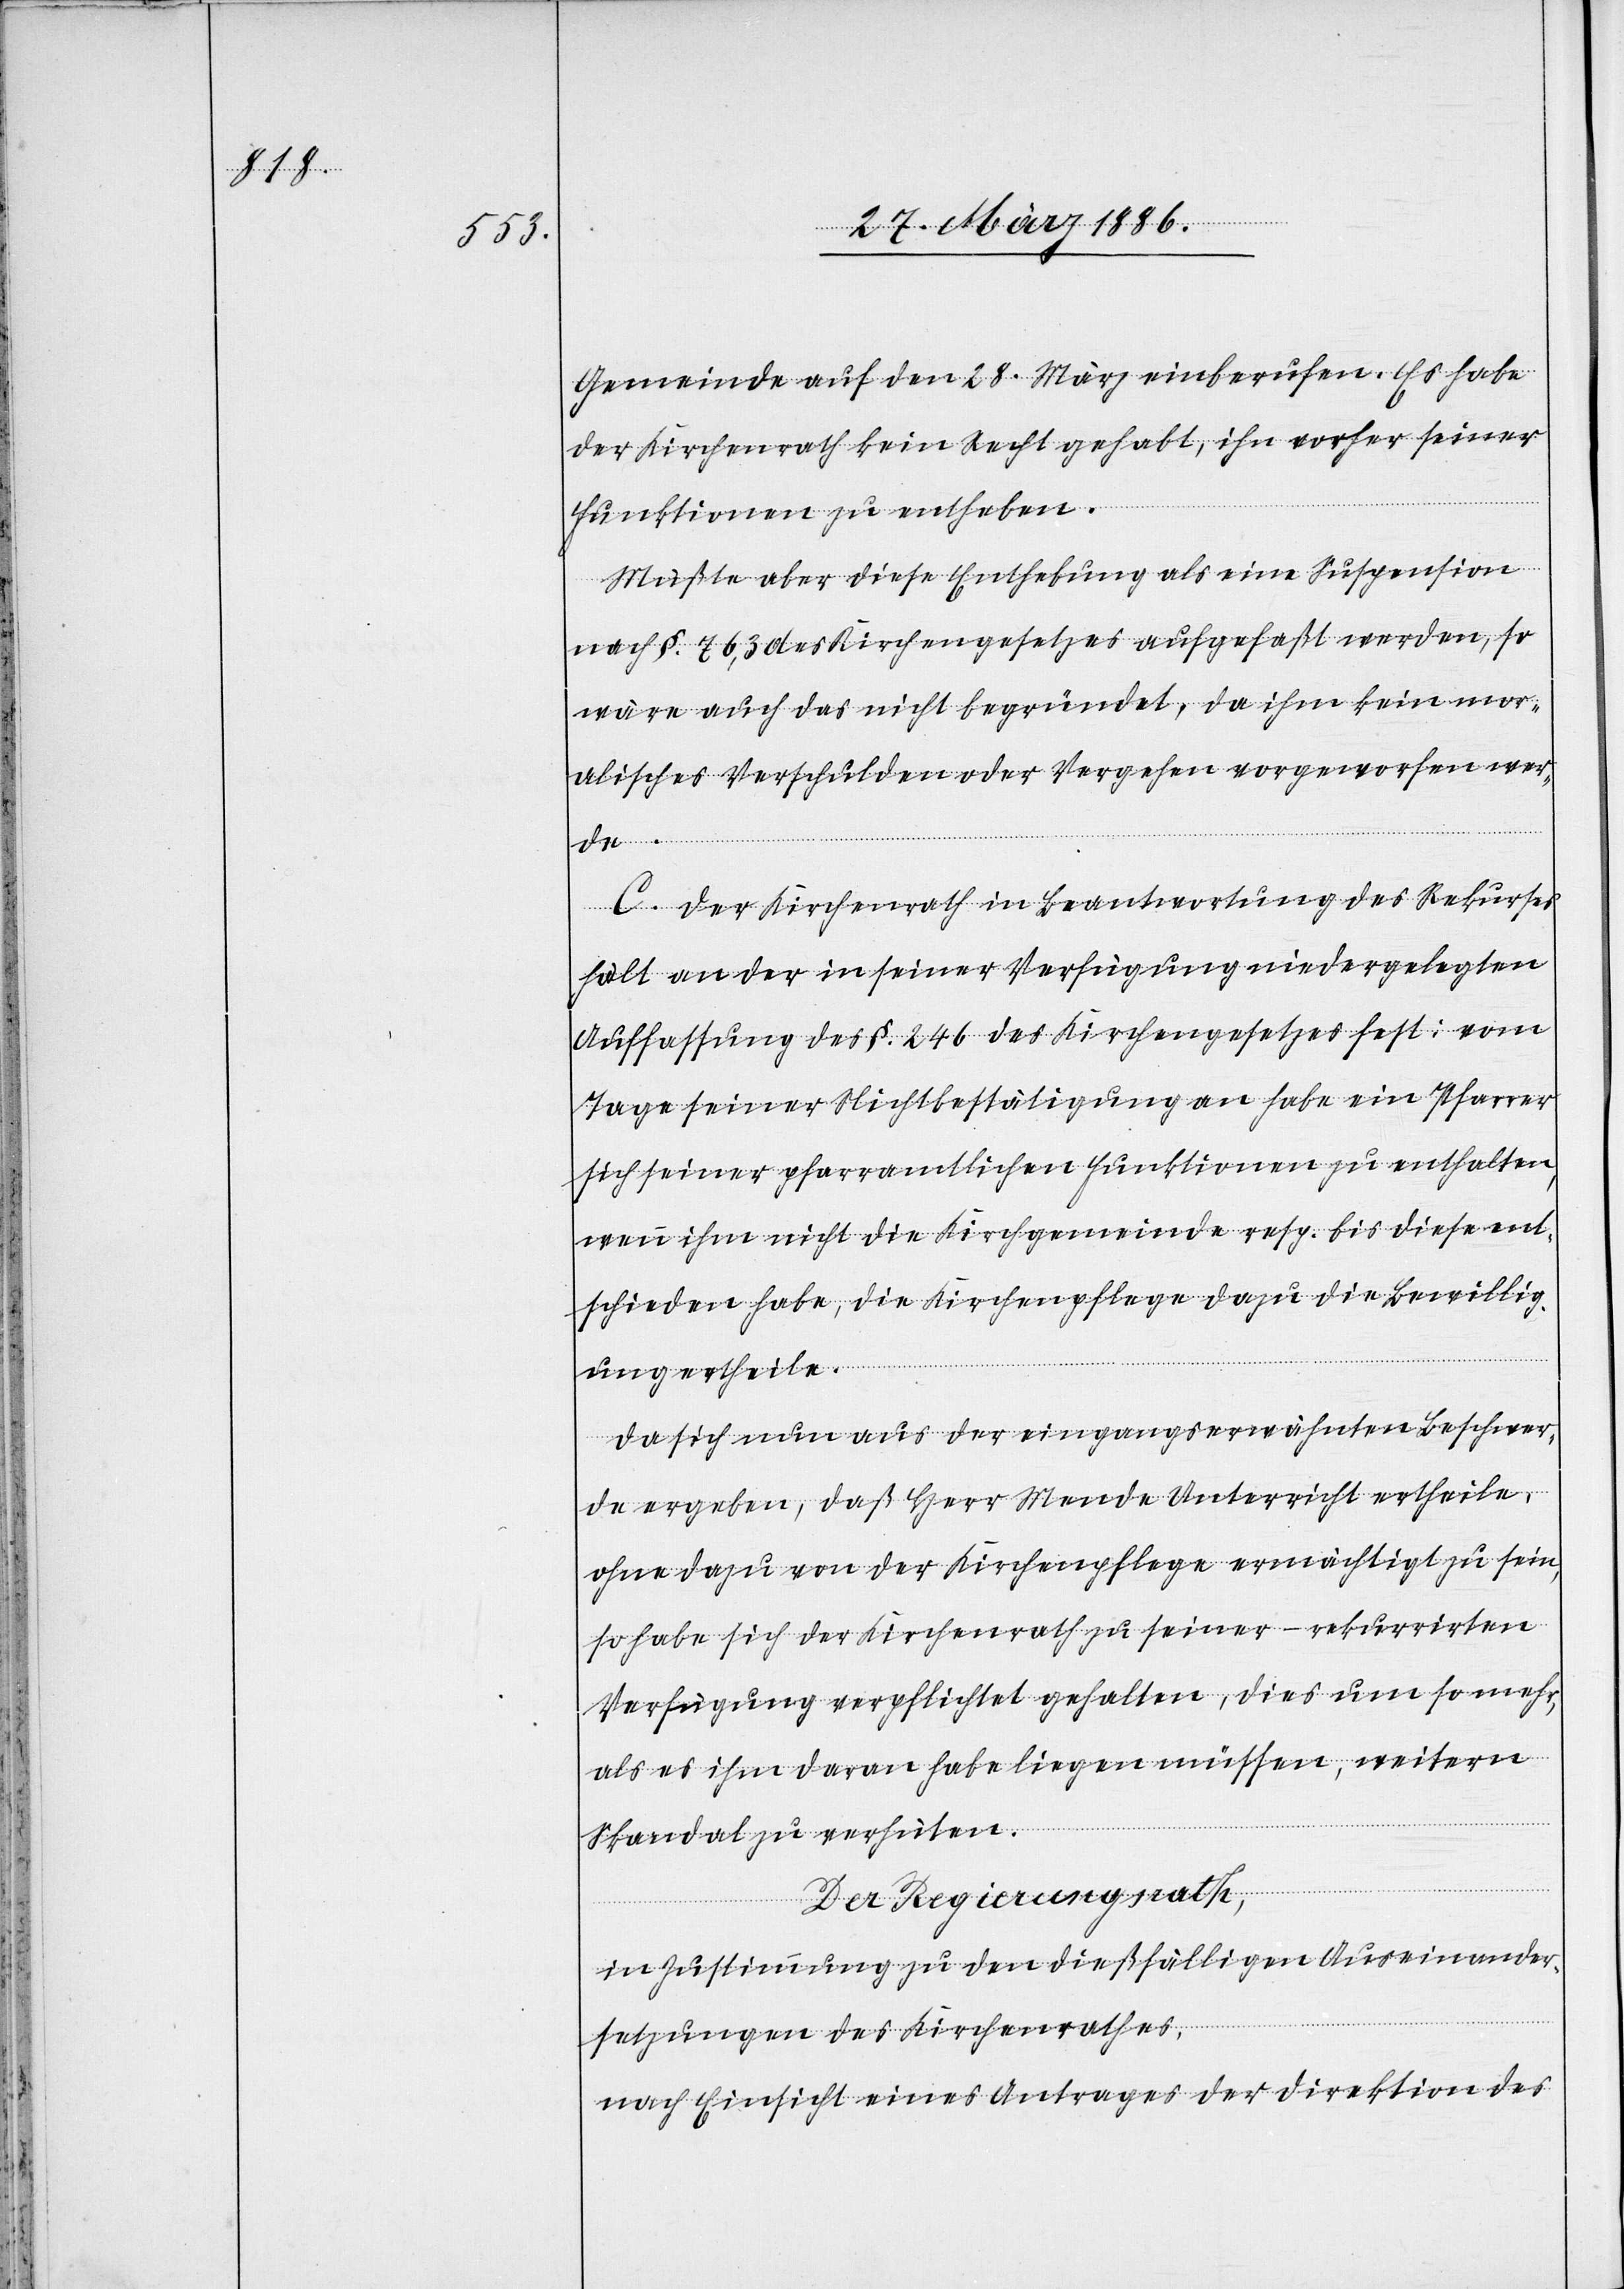
Gemeinde auf den 28. März einberufen. Es habe
der Kirchenrath kein Recht gehabt, ihn vorher seiner
Funktionen zu entheben.
Müßte aber diese Enthebung als eine Suspension
nach §. 763 des Kirchengesetzes aufgefaßt werden, so
wäre auch das nicht begründet, da ihm kein mor¬
alisches Verschulden oder Vergehen vorgeworfen wer¬
de.
C. Der Kirchenrath in Beantwortung des Rekurses
hält an der in seiner Verfügung niedergelegten
Auffassung des §. 246 des Kirchengesetzes fest: Vom
Tage seiner Nichtbestätigung an habe ein Pfarrer
sich seiner pfarramtlichen Funktionen zu enthalten,
wenn ihm nicht die Kirchgemeinde resp. bis diese ent¬
schieden habe, die Kirchenpflege dazu die Bewillig¬
ung ertheile.
Da sich nun aus der eingangserwähnten Beschwer¬
de ergebe, daß Herr Mende Unterricht ertheile,
ohne dazu von der Kirchenpflege ermächtigt zu sein,
so habe sich der Kirchenrath zu seiner – rekurrirten
Verfügung verpflichtet gehalten, dies um so mehr,
als es ihm daran habe liegen müssen, weitere
Skandale zu verhüten.
Der Regierungsrath,
in Zustimmung zu den dießfälligen Auseinander¬
setzungen des Kirchenrathes,
nach Einsicht eines Antrages der Direktion des